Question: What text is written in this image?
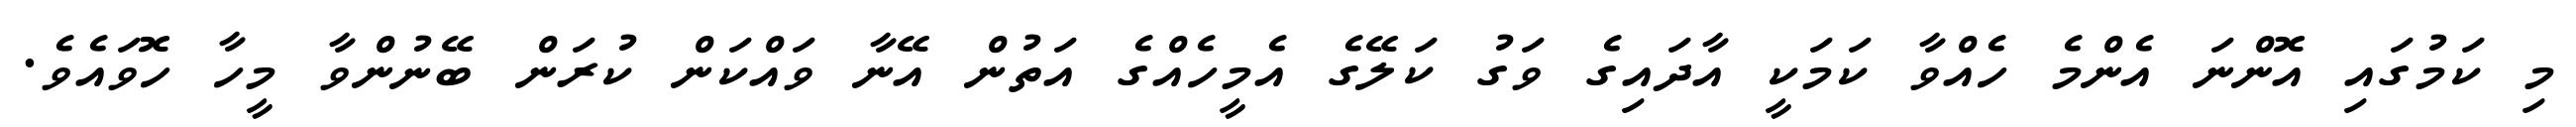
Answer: މި ކަމުގައި އޮންނަ އެންމެ ހެއްވާ ކަމަކީ އާދައިގެ ވަގު ކަލޭގެ އެމީހެއްގެ އަތުން އޭނާ ވައްކަން ކުރަން ބޭނުންވާ މީހާ ހޮވައެވެ.